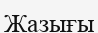
Жазығы